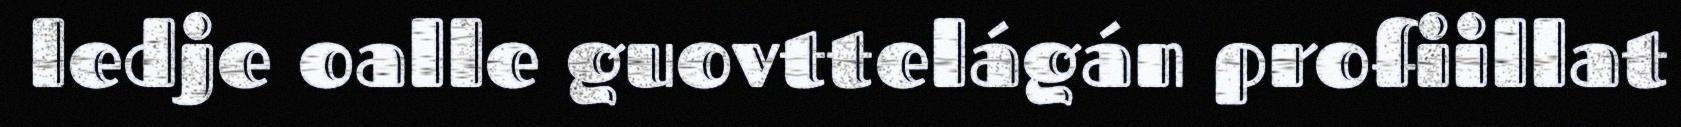
ledje oalle guovttelágán profiillat